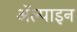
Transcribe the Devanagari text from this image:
ॲल्पाइन